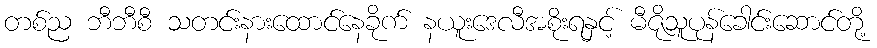
တစ်ည ဘီဘီစီ သတင်းနားထောင်နေခိုက် နယူးဒေလီအစိုးရနှင့် မီဇိုသူပုန်ခေါင်းဆောင်တို့